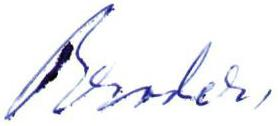
Broder,